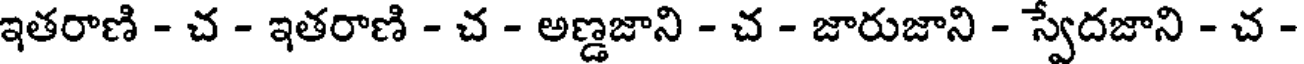
ఇతరాణి - చ - ఇతరాణి - చ - అణ్డజాని - చ - జారుజాని - స్వేదజాని - చ -